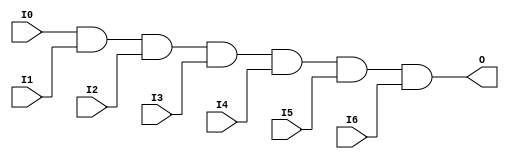
module X_AND7 (O, I0, I1, I2, I3, I4, I5, I6);

  output O;
  input I0, I1, I2, I3, I4, I5, I6;

  and (O, I0, I1, I2, I3, I4, I5, I6);

  specify

	(I0 => O) = (0:0:0, 0:0:0);
	(I1 => O) = (0:0:0, 0:0:0);
	(I2 => O) = (0:0:0, 0:0:0);
	(I3 => O) = (0:0:0, 0:0:0);
	(I4 => O) = (0:0:0, 0:0:0);
	(I5 => O) = (0:0:0, 0:0:0);
	(I6 => O) = (0:0:0, 0:0:0);
	specparam PATHPULSE$ = 0;

  endspecify

endmodule